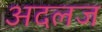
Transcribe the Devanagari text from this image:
अदलज